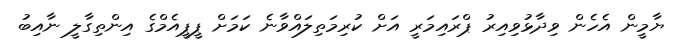
ޔާމީން އެހެން ވިދާޅުވިއިރު ޕްރައިމަރީ އަށް ކުރިމަތިލައްވާނެ ކަމަށް ޕީޕީއެމްގެ އިންތިގާލީ ނާއިބު